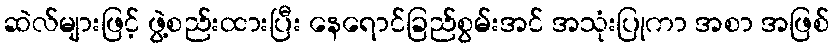
ဆဲလ်များဖြင့် ဖွဲ့စည်းထားပြီး နေရောင်ခြည်စွမ်းအင် အသုံးပြုကာ အစာ အဖြစ်